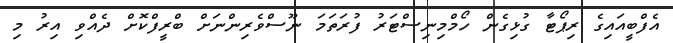
އެފްބީއައިގެ ރިޕޯޓާ ގުޅިގެން ހޯމްމިނިސްޓަރު ފުރަަތަމަ ނޫސްވެރިންނަށް ބްރީފްކޮށް ދެއްވި އިރު މި